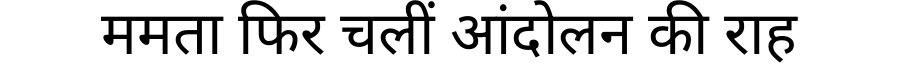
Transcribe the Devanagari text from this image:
ममता फिर चलीं आंदोलन की राह